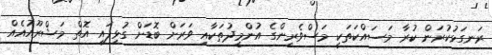
ރަނގަޅުކުރަން ކުރާ މަސައްކަތަކީ މަސްވެރިންގެ އުންމީދުތަކާއި ވަރަށް ބޮޑަށް ގުޅިފައި އޮތް މަޝްރޫއުއެއް